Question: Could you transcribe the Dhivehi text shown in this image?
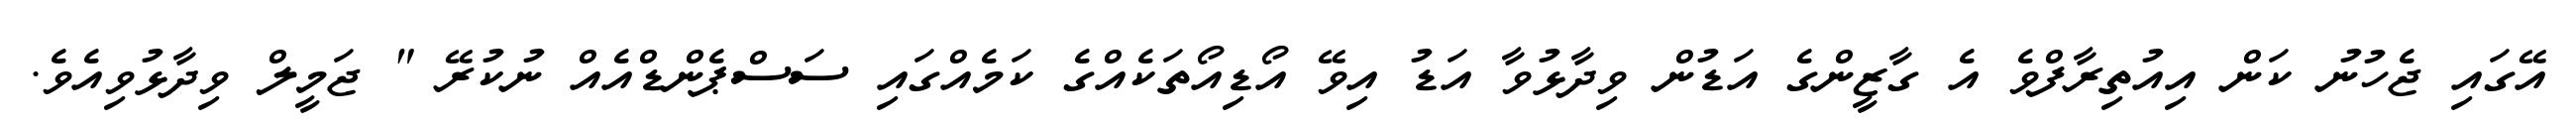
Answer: އޭގައި ޖެހުނު ކަން އިއުތިރާފްވެ އެ ގާޒީންގެ އަޑުން ވިދާޅުވާ އަޑު އިވޭ އޯޑިއޯތަކެއްގެ ކަމެއްގައި ސަސްޕެންޑްއެއް ނުކުރޭ " ޖަމީލް ވިދާޅުވިއެވެ.